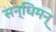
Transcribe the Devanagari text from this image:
सन्धिमन्